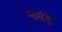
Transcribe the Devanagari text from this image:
मार्सडें